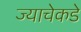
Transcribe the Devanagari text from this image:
ज्याचेकडे